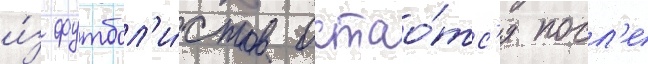
и́з футбол'и́стов остао́тс'я посл'е